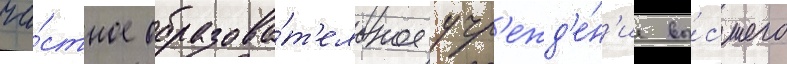
ча́стное образова́т'ельное учр'ежд'е́н'ие вы́сшего